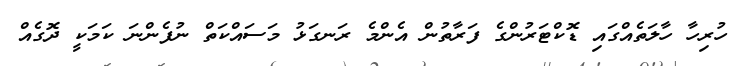
ހުރިހާ ހާލަތެއްގައި ޑޮކްޓަރުންގެ ފަރާތުން އެންމެ ރަނގަޅު މަސައްކަތް ނުފެންނަ ކަމަކީ ދޮގެއް